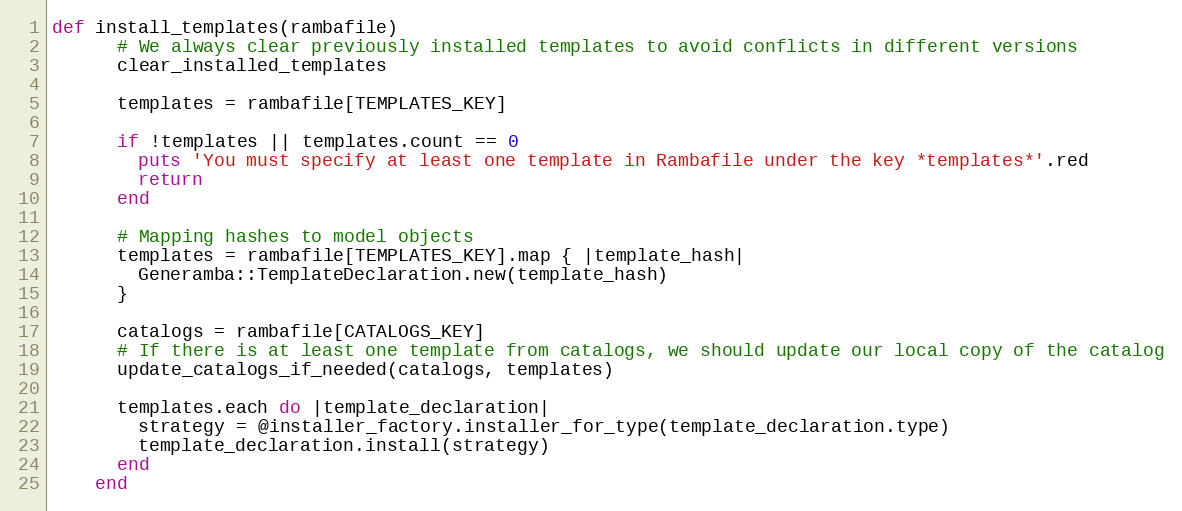
Language: Ruby
def install_templates(rambafile)
      # We always clear previously installed templates to avoid conflicts in different versions
      clear_installed_templates

      templates = rambafile[TEMPLATES_KEY]

      if !templates || templates.count == 0
        puts 'You must specify at least one template in Rambafile under the key *templates*'.red
        return
      end

      # Mapping hashes to model objects
      templates = rambafile[TEMPLATES_KEY].map { |template_hash|
        Generamba::TemplateDeclaration.new(template_hash)
      }

      catalogs = rambafile[CATALOGS_KEY]
      # If there is at least one template from catalogs, we should update our local copy of the catalog
      update_catalogs_if_needed(catalogs, templates)

      templates.each do |template_declaration|
        strategy = @installer_factory.installer_for_type(template_declaration.type)
        template_declaration.install(strategy)
      end
    end